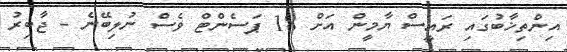
އިންތިޚާބުގައި ރައީސް ޔާމީން އަށް 18 ޕަސެންޓް ވެސް ނުލިބޭނެ - ޖާބިރު